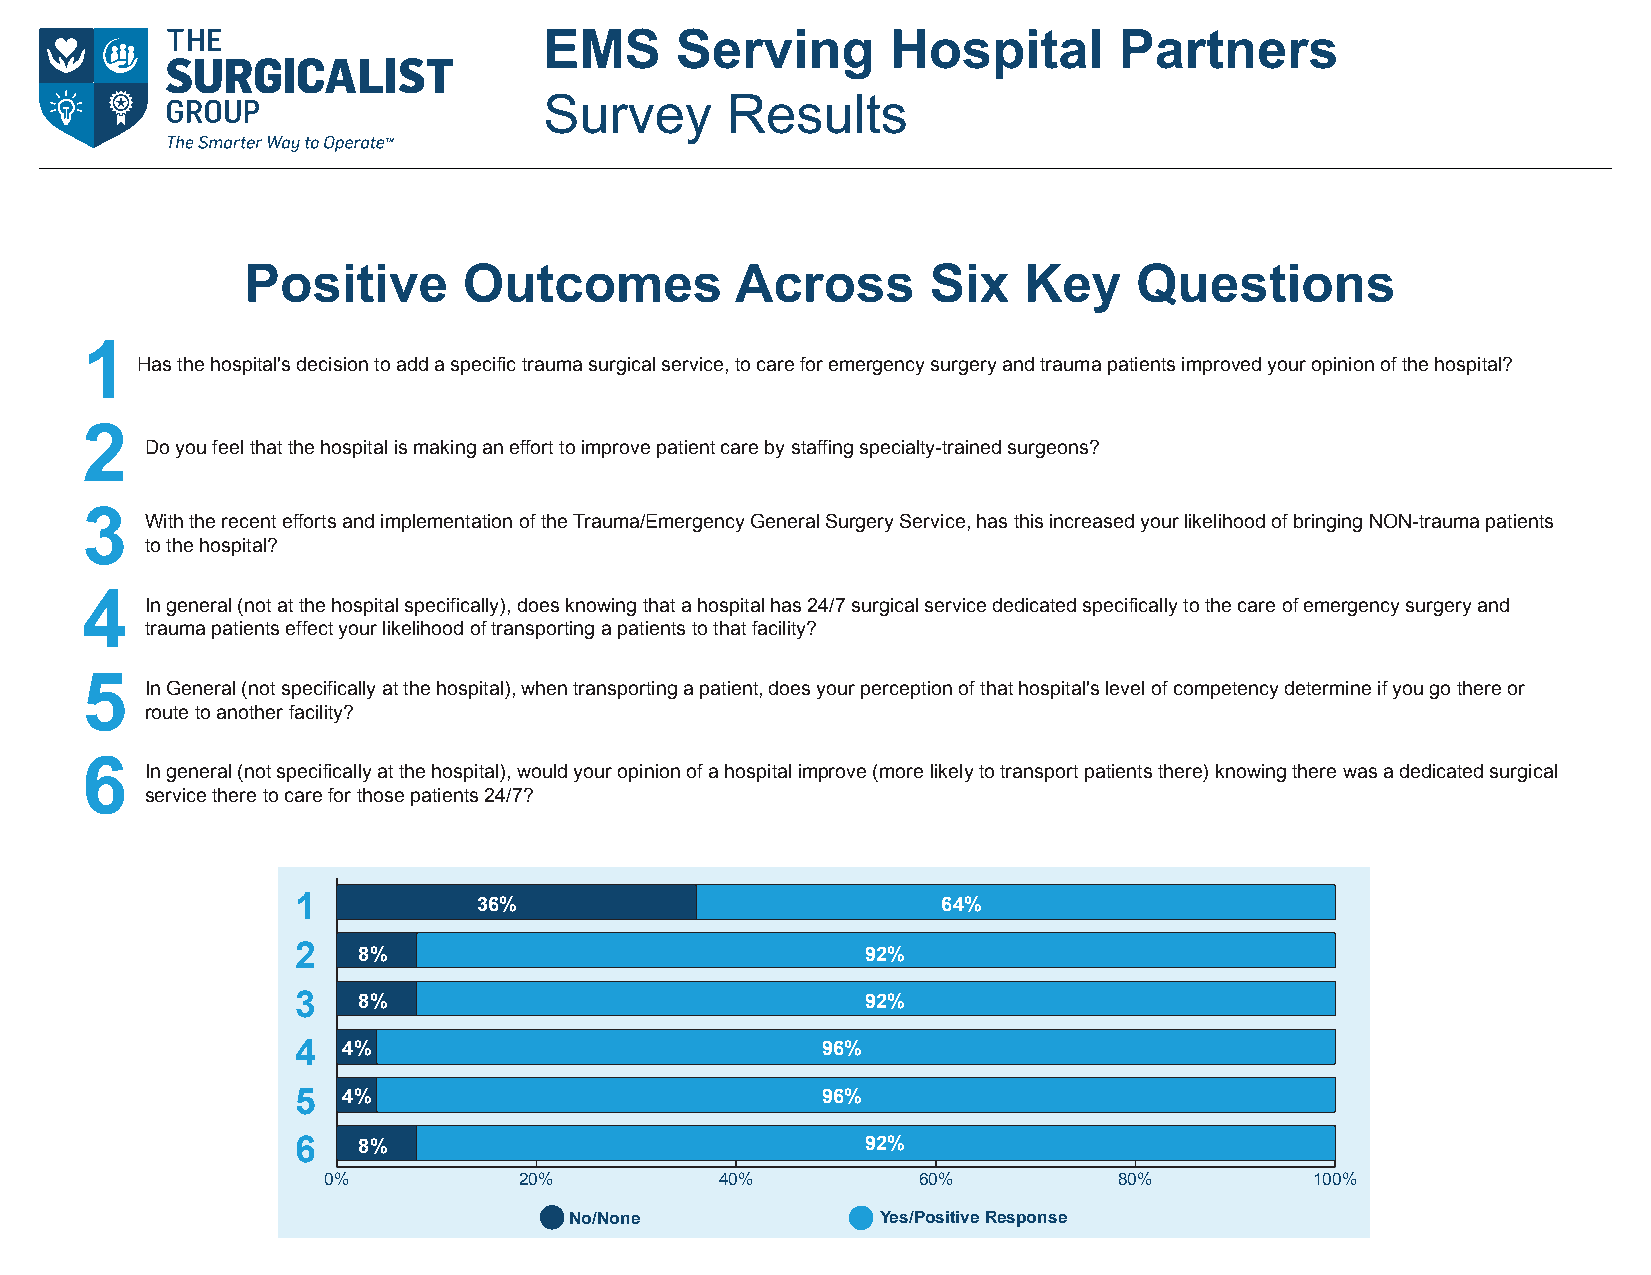
EMS      Serving       Hospital       Partners
 Survey      Results
 Positive       Outcomes          Across       Six   Key    Questions
 1
 Has the hospital's decision to add a specific trauma surgical service, to care for emergency surgery and trauma patients improved your opinion of the hospital?
 2
 Do you feel that the hospital is making an effort to improve patient care by staffing specialty-trained surgeons?
 Positive  Outcomes     Across    Six Key   Questions
 3    With the recent e1 ffortHsa sa tnhde hiomsppitlael'ms deencitsaiotnio ton a oddf ath sepe Tcirfiac utramuma/aE smurgeicragl esenrcviyce G, toe cnaerer afolr Semuerrggeenrcyy Ssuergrevriyc aen,d h traasum tha ipsa tiinenctsre imapsreovde dy yoouurr olpikineiolinh oof othde hoofs bpirtainl?ging NON-trauma patients
 to the hospital?
 2
 Do you feel that the hospital is making an effort to improve patient care by staffing specialty-trained surgeons?
 4    In general (not at the hospital specifically), does knowing that a hospital has 24/7 surgical service dedicated specifically to the care of emergency surgery and
 trauma patients effect your likelihood of transporting a patients to that facility?
 3  With the recent efforts and implementation of the Trauma/Emergency General Surgery Service, has this increased your likelihood of bringing NON-trauma patients
 to the hospital?
 5    In General (not specifically at the hospital), when transporting a patient, does your perception of that hospital's level of competency determine if you go there or
 4  In general (not at the hospital specifically), does knowing that a hospital has 24/7 surgical service dedicated specifically to the care of emergency surgery and
 route to another facilittrya?uma patients effect your likelihood of transporting a patients to that facility?
 5  In General (not specifically at the hospital), when transporting a patient, does your perception of that hospital's level of competency determine if you go there or
 6    In general (not specifircouatell yto aatn oththeer hfaocislitpy?ital), would your opinion of a hospital improve (more likely to transport patients there) knowing there was a dedicated surgical
 service there to care for those patients 24/7?
 6  In general (not specifically at the hospital), would your opinion of a hospital improve (more likely to transport patients there) knowing there was a dedicated surgical
 service there to care for those patients 24/7?
 1               36%                                       64%
 1           36%                           64%
 2    8%      2   8%                               929%2%
 3   8%                               92%
 3    8%                                            92%
 4  4%                             96%
 4   4%                                         96%
 5  4%                             96%
 5   4%       6   8%                            96%92%
 0%           20%           40%          60%          80%          100%
 6    8%                        No/None             9Ye2s/%Positive Response
 0%                20%               40%               60%               80%               100%
 No/None                      Yes/Positive Response